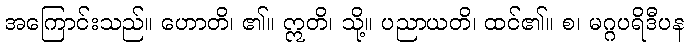
အကြောင်းသည်။ ဟောတိ၊ ၏။ ဣတိ၊ သို့။ ပညာယတိ၊ ထင်၏။ စ၊ မဂ္ဂပရိဒီပန